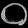
Digit: ၀